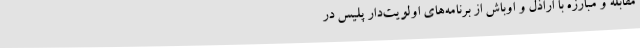
مقابله و مبارزه با اراذل و اوباش از برنامه‌های اولویت‌دار پلیس در